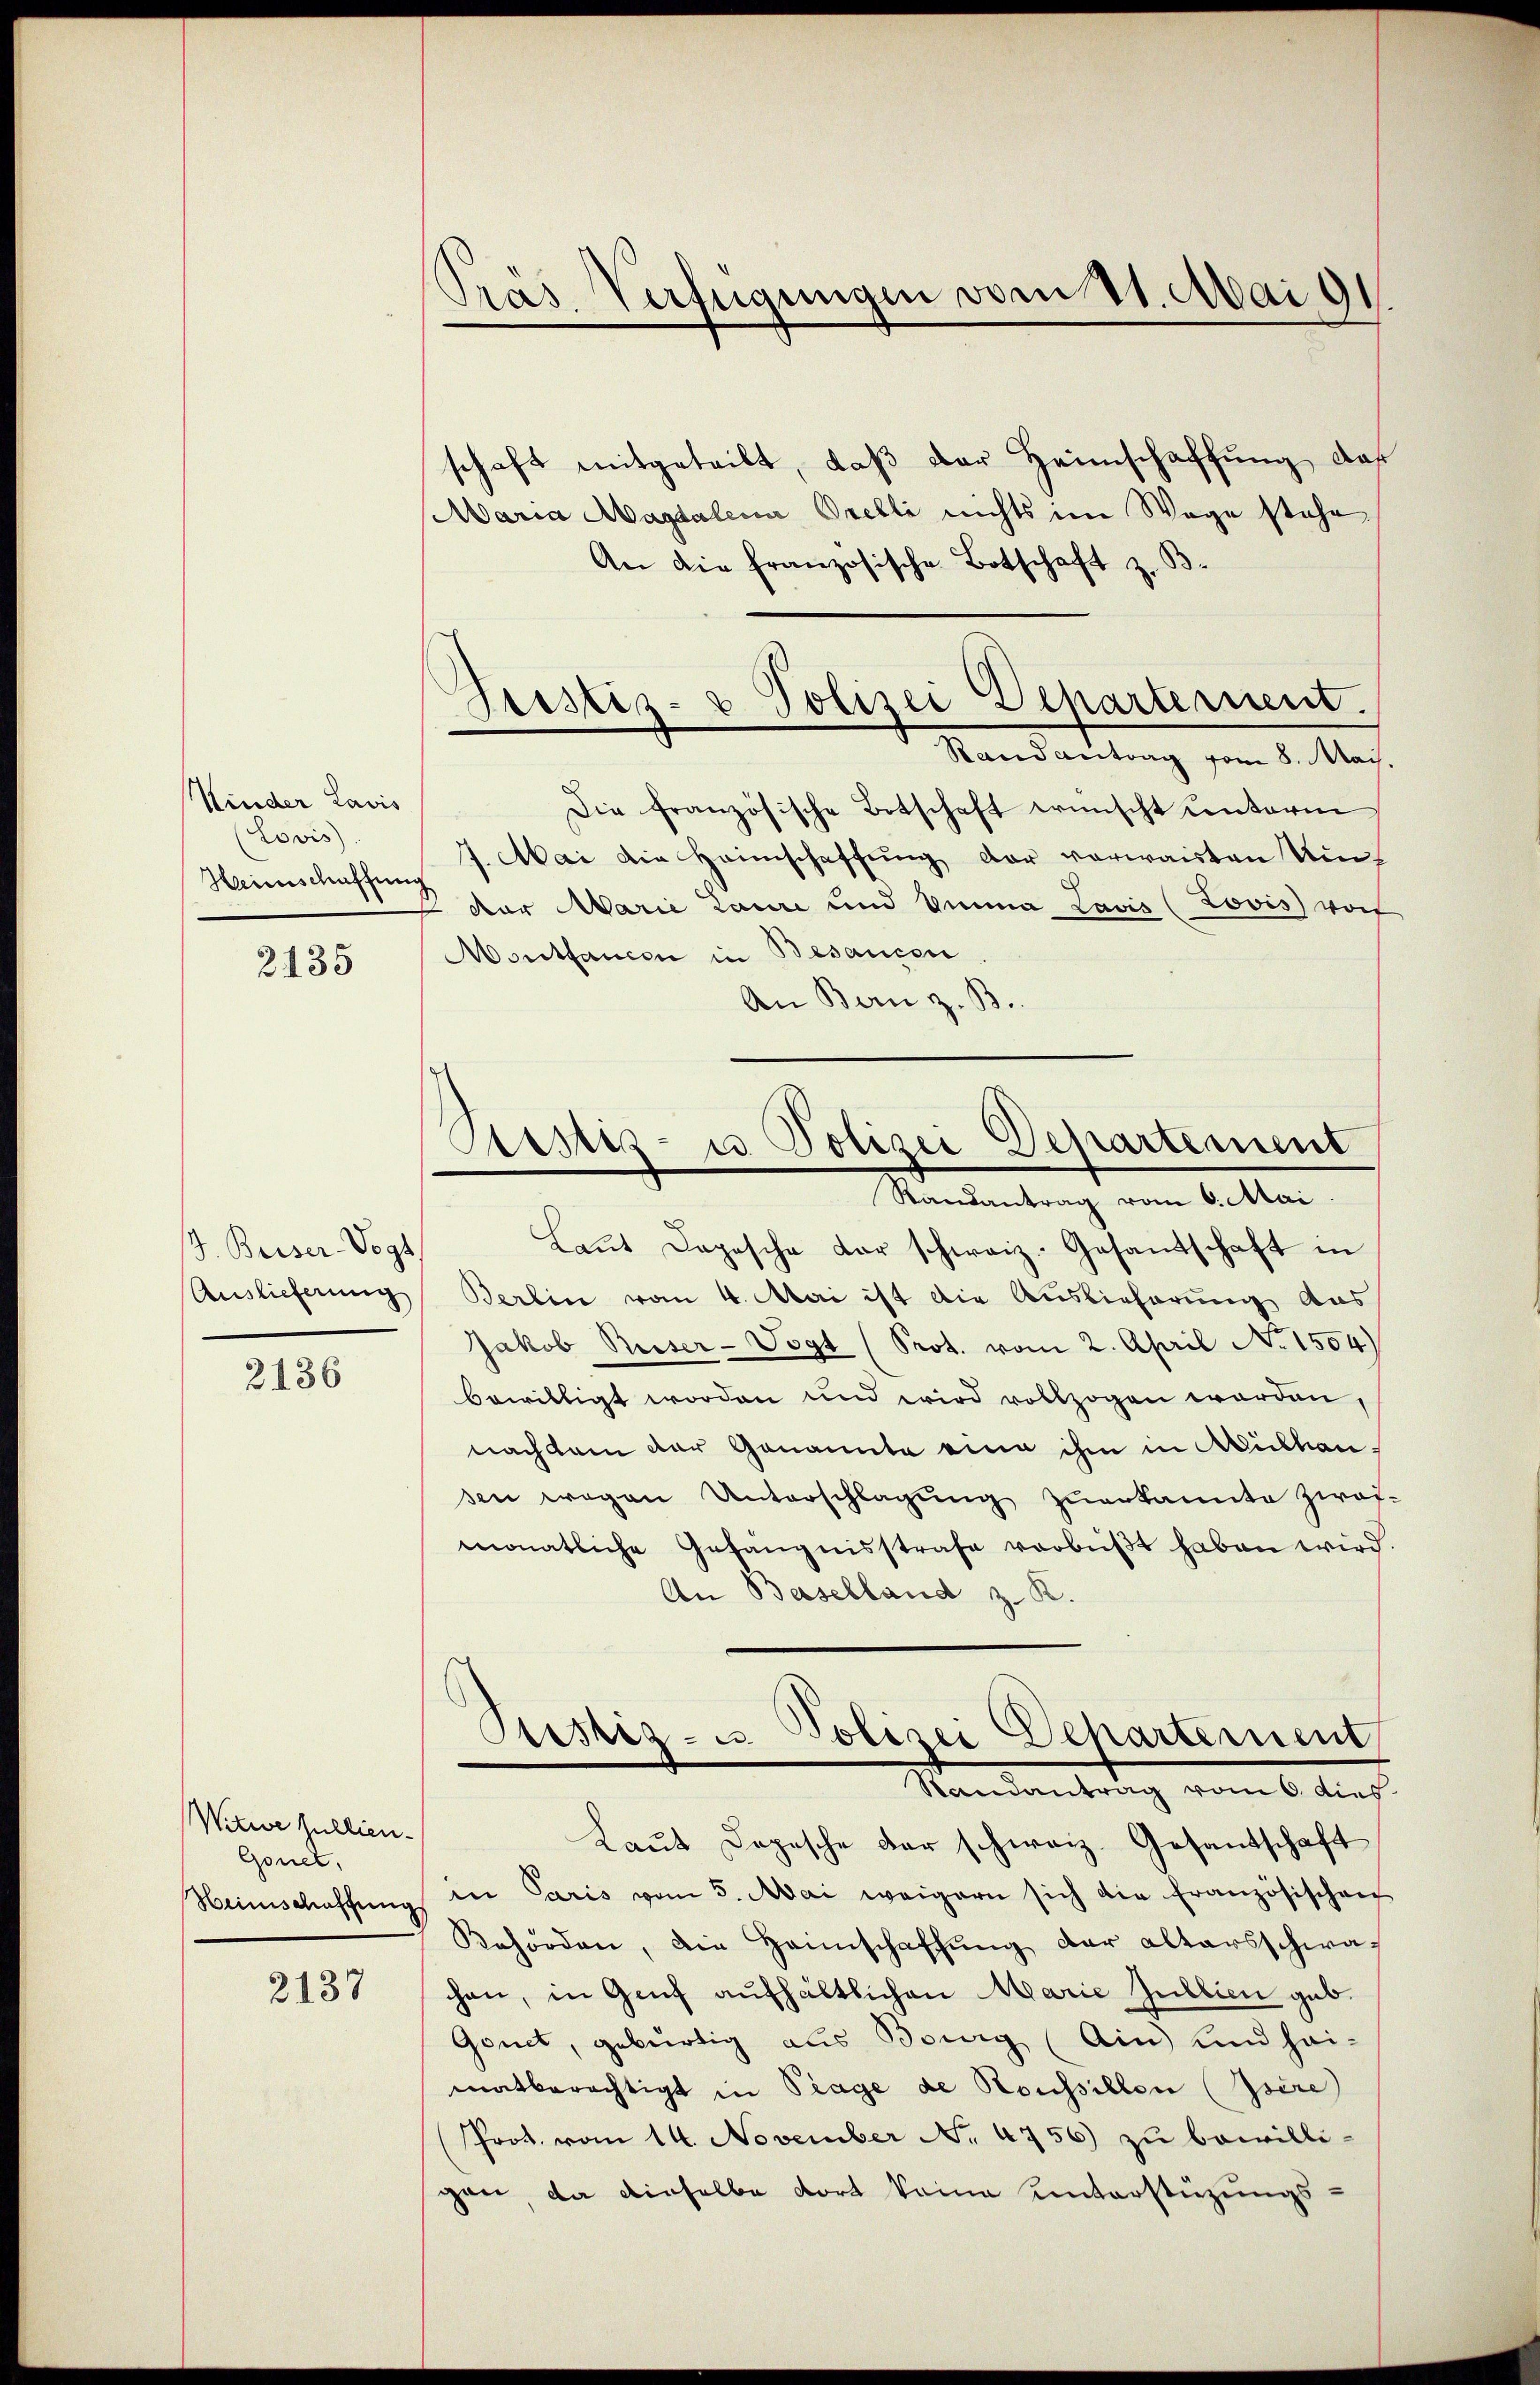
2135

J. Beiser-Vogt.
Auslieferung

2136

Witwe sullien-
Gonet,
Heimschaffung

2137

Kinder Lavis
Lovis
Heimschaffung

Prás Verfügungen vom 11. Mai 91

schaft mitgeteilt, daß der Heimschaffung, daß
Maria Magdalena Orelli nichts im Wege stehe
An die französische Botschaft z. B
Die französische Botschaft wünscht unterm
1. Mai die Heimschaffung der verwaisten Um¬
.
dor Marie Laure und Emma zavis (Jovis) von
Mortancen in Besaucen
An Bern z. B.

Justiz- & Polizei Departernent.
Randantrag vom 8. Mai.

Custiz- u Polizei Departement
Randantrag vom 6. Mai.

Laŭt Dopische der schweiz. Gesandtschaft in
Berlin vom 4. Mai ist die Auslieferung aus
Jakob Reiser-Vogt (Prot. vom 2. April No 1554)
bewilligt worden und wird vollzogen worden,
nach dem der Genannte eine ihm in Mülhausen wegen Unterschlagung zuerkannte zwei-
monatliche Gefängnisstrafe verbüßt haben wird.
An Baselland z. R.
Sistiz- u. Polizei Departement
Randantrag vom 6. dies
Laŭt Depesche der schweiz. Gesantschaft
in Paris vom 5. Mai weigern sich die französischen
Rehörden, die Heimschaffŭng der altersschwachen, in Genf aufhältlichen Marie Jubbien geb.
Gonet, gebürtig aus Bourg (Ain und hei-
matberechtigt in Trage de Roussillon (Isére
Prot. vom 14. November No. 4756) zu bewilli-
gen, da dieselbe dort keine unterstüzungs-